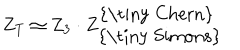
LaTeX: Z _ { T } \simeq Z _ { 3 } \cdot Z _ { \mathrm { { \tiny ~ S i m o n s } } } ^ { \mathrm { { \tiny ~ C h e r n } } }